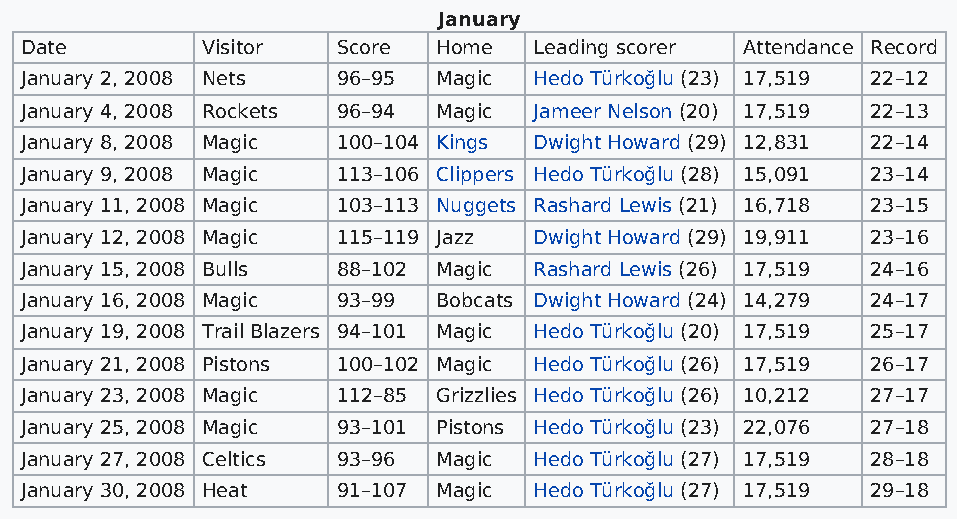
January
 Date        Visitor  Score  Home  Leading scorer Attendance Record
 January 2, 2008 Nets 96–95  Magic Hedo Türkoğlu (23) 17,519 22–12
 January 4, 2008 Rockets 96–94 Magic Jameer Nelson (20) 17,519 22–13
 January 8, 2008 Magic 100–104 Kings Dwight Howard (29) 12,831 22–14
 January 9, 2008 Magic 113–106 Clippers Hedo Türkoğlu (28) 15,091 23–14
 January 11, 2008 Magic 103–113 Nuggets Rashard Lewis (21) 16,718 23–15
 January 12, 2008 Magic 115–119 Jazz Dwight Howard (29) 19,911 23–16
 January 15, 2008 Bulls 88–102 Magic Rashard Lewis (26) 17,519 24–16
 January 16, 2008 Magic 93–99 Bobcats Dwight Howard (24) 14,279 24–17
 January 19, 2008 Trail Blazers 94–101 Magic Hedo Türkoğlu (20) 17,519 25–17
 January 21, 2008 Pistons 100–102 Magic Hedo Türkoğlu (26) 17,519 26–17
 January 23, 2008 Magic 112–85 Grizzlies Hedo Türkoğlu (26) 10,212 27–17
 January 25, 2008 Magic 93–101 Pistons Hedo Türkoğlu (23) 22,076 27–18
 January 27, 2008 Celtics 93–96 Magic Hedo Türkoğlu (27) 17,519 28–18
 January 30, 2008 Heat 91–107 Magic Hedo Türkoğlu (27) 17,519 29–18